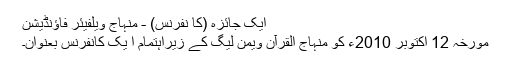
ایک جائزہ (کا نفرنس) - منہاج ویلفیئر فاؤنڈیشن
مورخہ 12 اکتوبر 2010ء کو منہاج القرآن ویمن لیگ کے زیراہتمام ا یک کانفرنس بعنوان۔